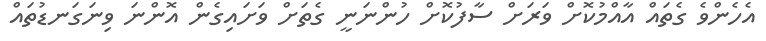
އެހެންވެ ގެތައް އާއްމުކޮށް ވަރަށް ސާފުކޮށް ހުންނަނީ ގެތަށް ވަށައިގެން އޮންނަ ވިނަގަނޑުތައް